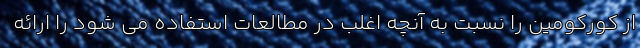
از کورکومین را نسبت به آنچه اغلب در مطالعات استفاده می شود را ارائه